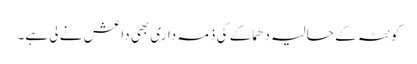
کوئٹہ کے حالیہ دھماکے کی ذمہ داری بھی داعش نے لی ہے۔